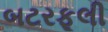
બટરફૂલી